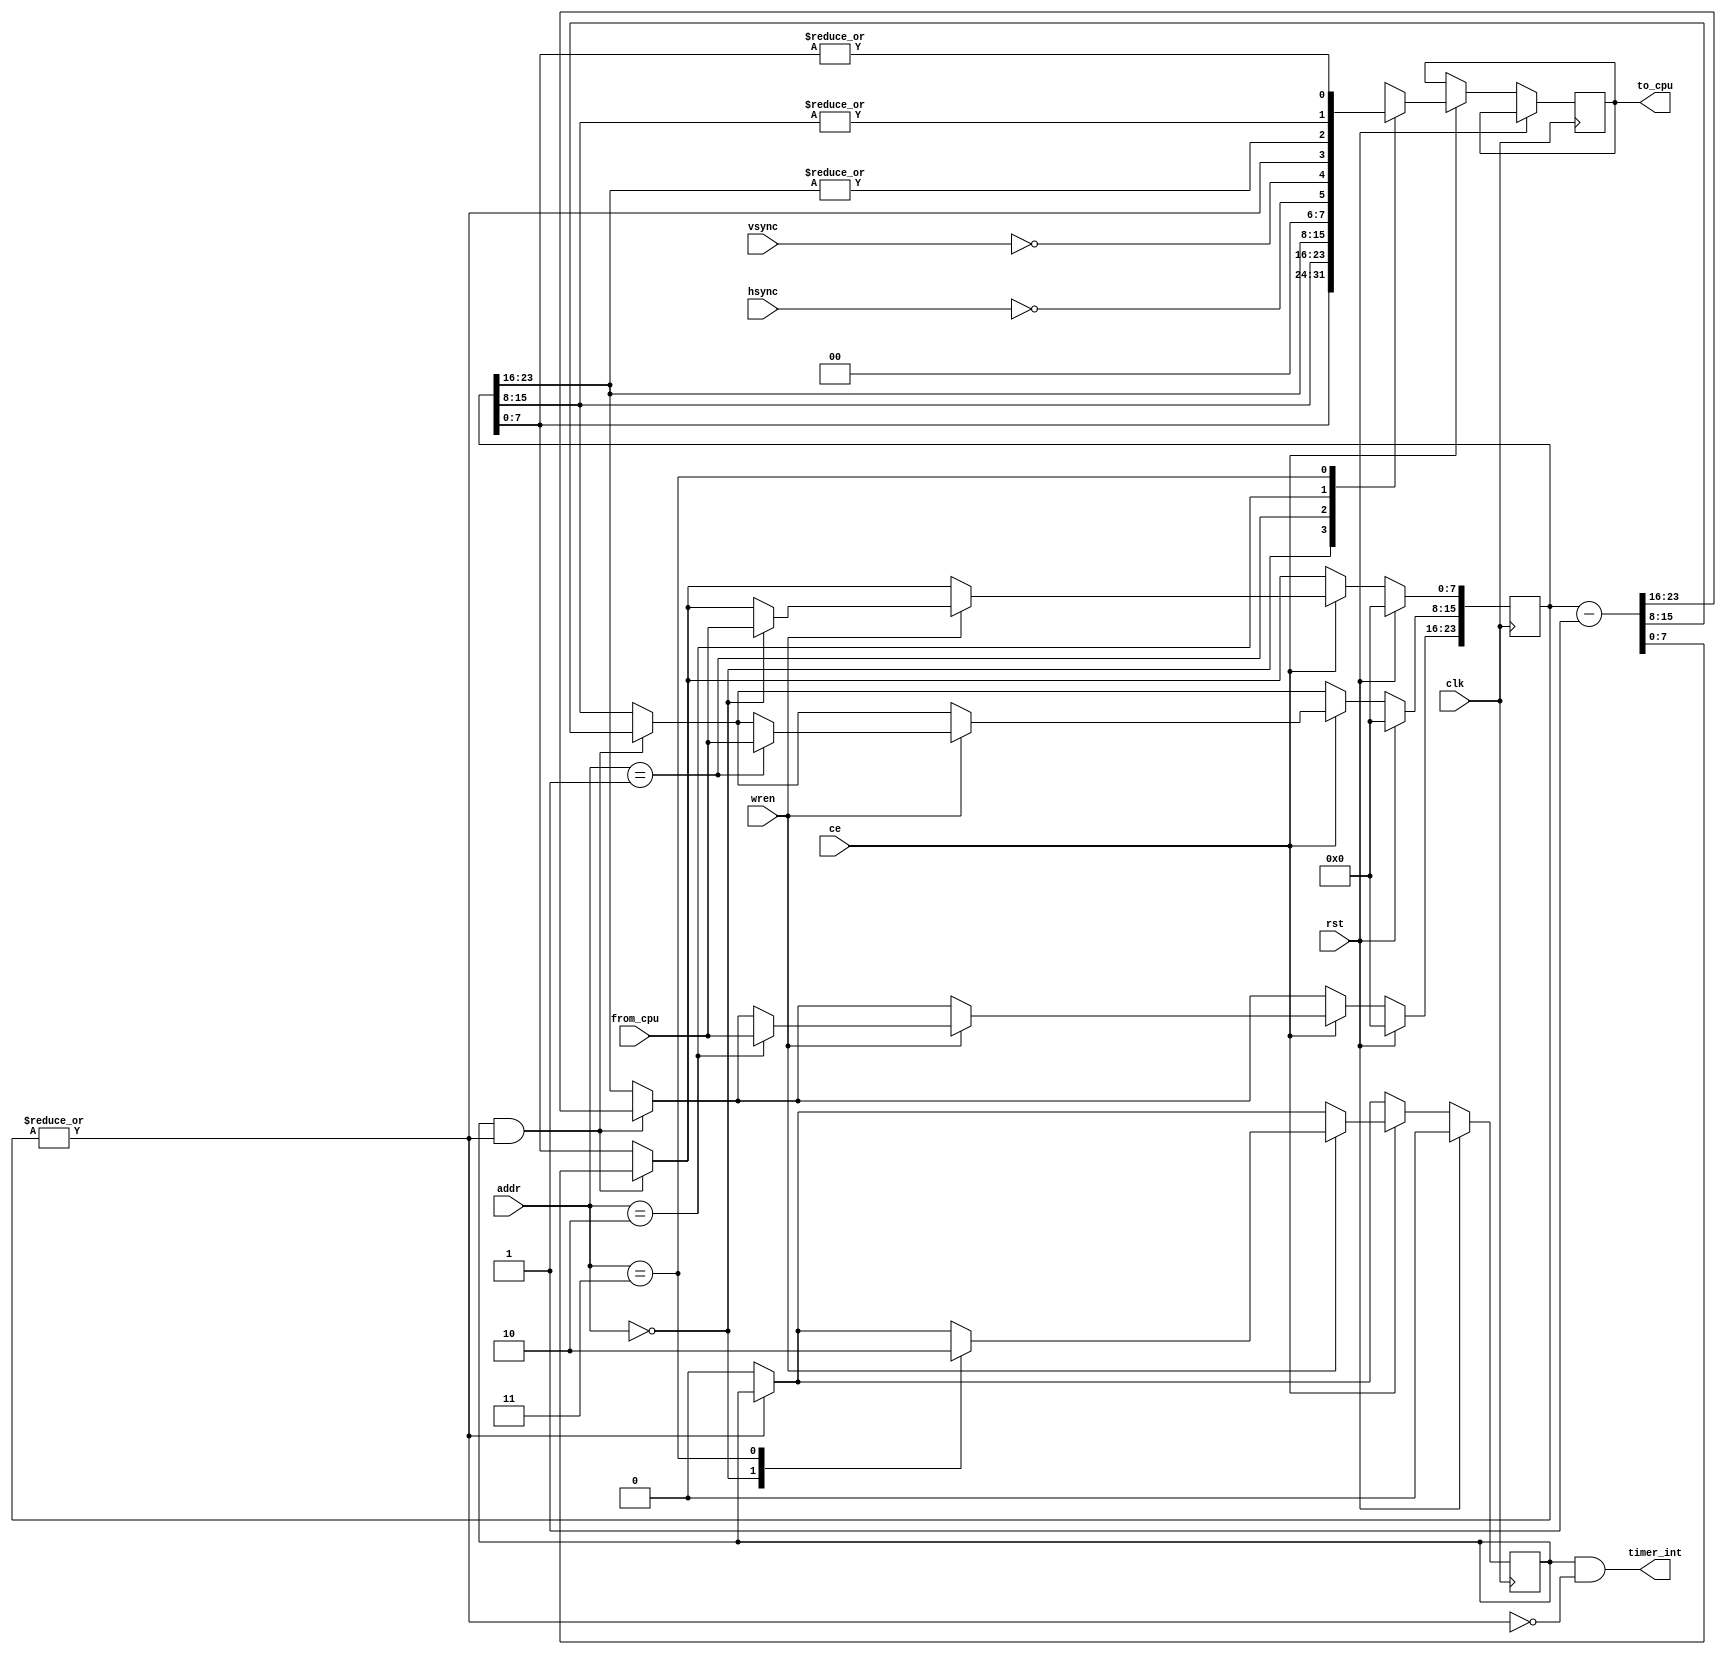
module timer(
		input wire clk,
		input wire rst,
		input wire ce,
		input wire wren,
		input wire hsync,
		input wire vsync,
		output wire timer_int,
		input wire[1:0] addr,
		input wire[7:0] from_cpu,
		output reg[7:0] to_cpu);
//NOTE: the hsync and vsync inputs are active low.
reg[23:0] counter;
wire[5:0] status;
wire[2:0] count_nz;
reg count_active;

assign count_nz = {|counter[23:16], |counter[15:8], |counter[7:0]};
assign status = {~hsync, ~vsync, |count_nz, count_nz};
assign timer_int = count_active & ~(|count_nz);

always @(posedge clk)
begin
	if(rst)
	begin
		counter <= 24'h00;
		count_active <= 1'b0;
	end
	else
	begin
		if(count_active & (|count_nz))
		begin
			counter <= counter - 24'h01;
		end
		if(~(|count_nz))
		begin
			count_active <= 1'b0;
		end
		if(ce)
		begin
			if(wren)
			begin
				case(addr)
				2'h0:
				begin
					counter[7:0] <= from_cpu;	//start counting when byte 0 is written
					count_active <= 1'b1;
				end
				2'h1: counter[15:8] <= from_cpu;
				2'h2: counter[23:16] <= from_cpu;
				2'h3: count_active <= 1'b0;	//stop counting if address 3 is written
				endcase
			end
			//if(ren)
			//begin
				case(addr)
				2'h0: to_cpu <= counter[7:0];
				2'h1: to_cpu <= counter[15:8];
				2'h2: to_cpu <= counter[23:16];
				2'h3: to_cpu <= {2'b00, status};
				endcase
			//end
		end
	end
end
endmodule